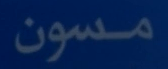
مسون